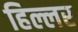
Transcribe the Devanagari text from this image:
हिल्लर